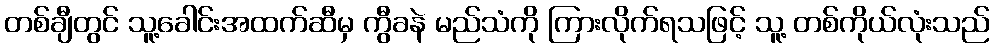
တစ်ချီတွင် သူ့ခေါင်းအထက်ဆီမှ ကွီခနဲ မည်သံကို ကြားလိုက်ရသဖြင့် သူ့ တစ်ကိုယ်လုံးသည်